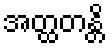
အတ္ထတန္တိ